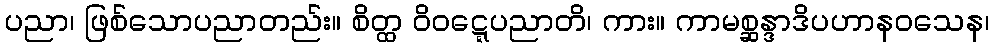
ပညာ၊ ဖြစ်သောပညာတည်း။ စိတ္ထ ဝိဝဋ္ဋေပညာတိ၊ ကား။ ကာမစ္ဆန္ဒာဒိပဟာနဝသေန၊